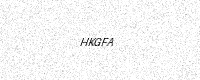
Text: HKGFA